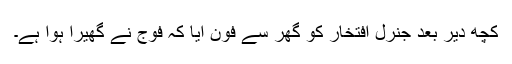
کچھ دیر بعد جنرل افتخار کو گھر سے فون آیا کہ فوج نے گھیرا ہوا ہے۔